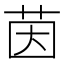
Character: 茵